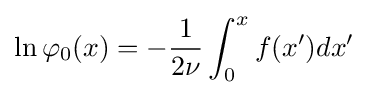
\ln \varphi _{0}(x)=-{\frac {1}{2\nu }}\int _{0}^{x}f(x')dx'